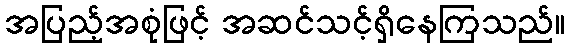
အပြည့်အစုံဖြင့် အဆင်သင့်ရှိနေကြသည်။